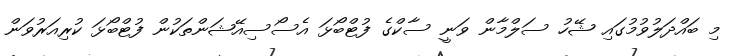
މި ބައްދަލުވުމުގައި ޝޭހު ސަލްމާން ވަނީ ސާކްގެ ފުޓްބޯޅަ އެސޯސިއޭޝަންތަކުން ފުޓްބޯޅަ ކުރިއަރުވަން